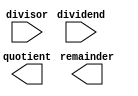
module pipelined_divider (
    input wire [31:0] dividend,
    input wire [31:0] divisor,
    output reg [31:0] quotient,
    output reg [31:0] remainder
);

reg [31:0] current_dividend;
reg [31:0] current_quotient;
reg [31:0] current_remainder;
reg [1:0] stage;

always @ (posedge clk) begin
    case (stage)
        0: begin
            current_dividend <= dividend;
            current_quotient <= 0;
            current_remainder <= 0;
        end
        1: begin
            // Quotient calculation stage
            // Add code for quotient calculation here
        end
        2: begin
            // Remainder calculation stage
            // Add code for remainder calculation here
        end
        3: begin
            // Comparison stage
            // Add code for comparison and final result assignment here
        end
        default: begin
            // Default case
            current_quotient <= 0;
            current_remainder <= 0;
        end
    endcase
end

endmodule